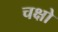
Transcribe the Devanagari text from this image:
चक्षो